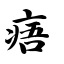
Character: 痦